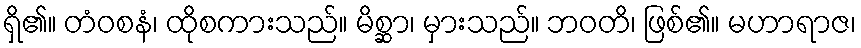
ရှိ၏။ တံဝစနံ၊ ထိုစကားသည်။ မိစ္ဆာ၊ မှားသည်။ ဘဝတိ၊ ဖြစ်၏။ မဟာရာဇ၊